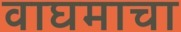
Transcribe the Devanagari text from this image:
वाघमाचा